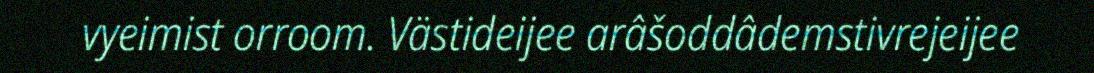
vyeimist orroom. Västideijee arâšoddâdemstivrejeijee